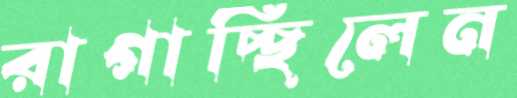
রাগাচ্ছিলেন